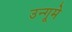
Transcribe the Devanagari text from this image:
उन्गूमे